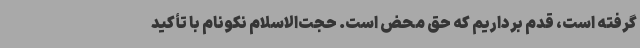
گرفته است، قدم برداریم که حق محض است. حجت‌الاسلام نکونام با تأکید